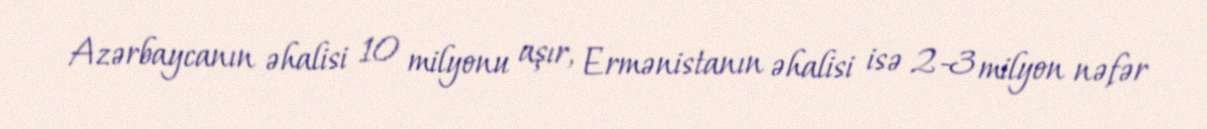
Azərbaycanın əhalisi 10 milyonu aşır, Ermənistanın əhalisi isə 2-3 milyon nəfər